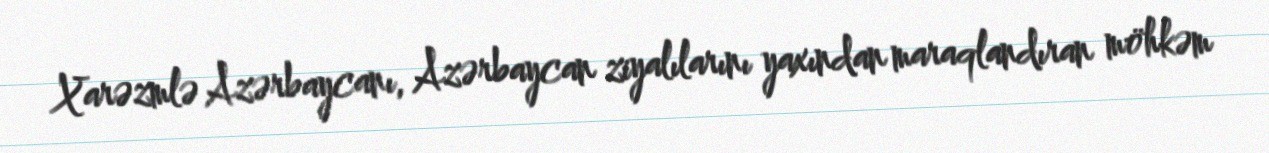
Xarəzmlə Azərbaycanı, Azərbaycan ziyalılarını yaxından maraqlandıran möhkəm